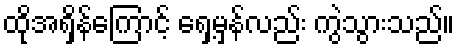
ထိုအရှိန်ကြောင့် ရှေ့မှန်လည်း ကွဲသွားသည်။